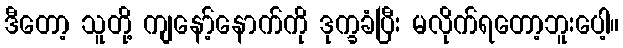
ဒီတော့ သူတို့ ကျနော့်နောက်ကို ဒုက္ခခံပြီး မလိုက်ရတော့ဘူးပေါ့။